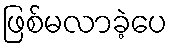
ဖြစ်မလာခဲ့ပေ